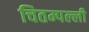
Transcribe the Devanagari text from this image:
चितम्पल्ली